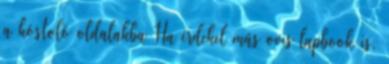
a kóstoló oldalakba Ha érdekel más ovis lapbook is,